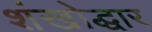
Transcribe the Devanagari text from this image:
शंखोद्धार